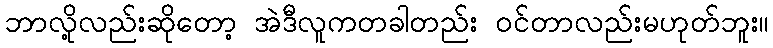
ဘာလို့လည်းဆိုတော့ အဲဒီလူကတခါတည်း ဝင်တာလည်းမဟုတ်ဘူး။